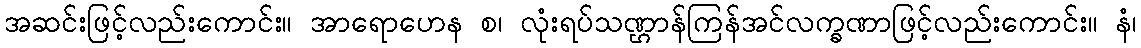
အဆင်းဖြင့်လည်းကောင်း။ အာရောဟေန စ၊ လုံးရပ်သဏ္ဌာန်ကြန်အင်လက္ခဏာဖြင့်လည်းကောင်း။ နံ၊